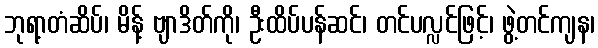
ဘုရာ့တံဆိပ်၊ မိန့် ဗျာဒိတ်ကို၊ ဦးထိပ်ပန်ဆင်၊ တင်ပလ္လင်ဖြင့်၊ ဖွဲ့တင်ကျန၊